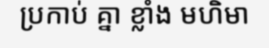
ប្រកាប់ គ្នា ខ្លាំង មហិមា